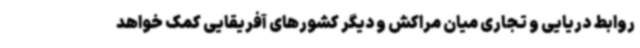
روابط دریایی و تجاری میان مراکش و دیگر کشورهای آفریقایی کمک خواهد